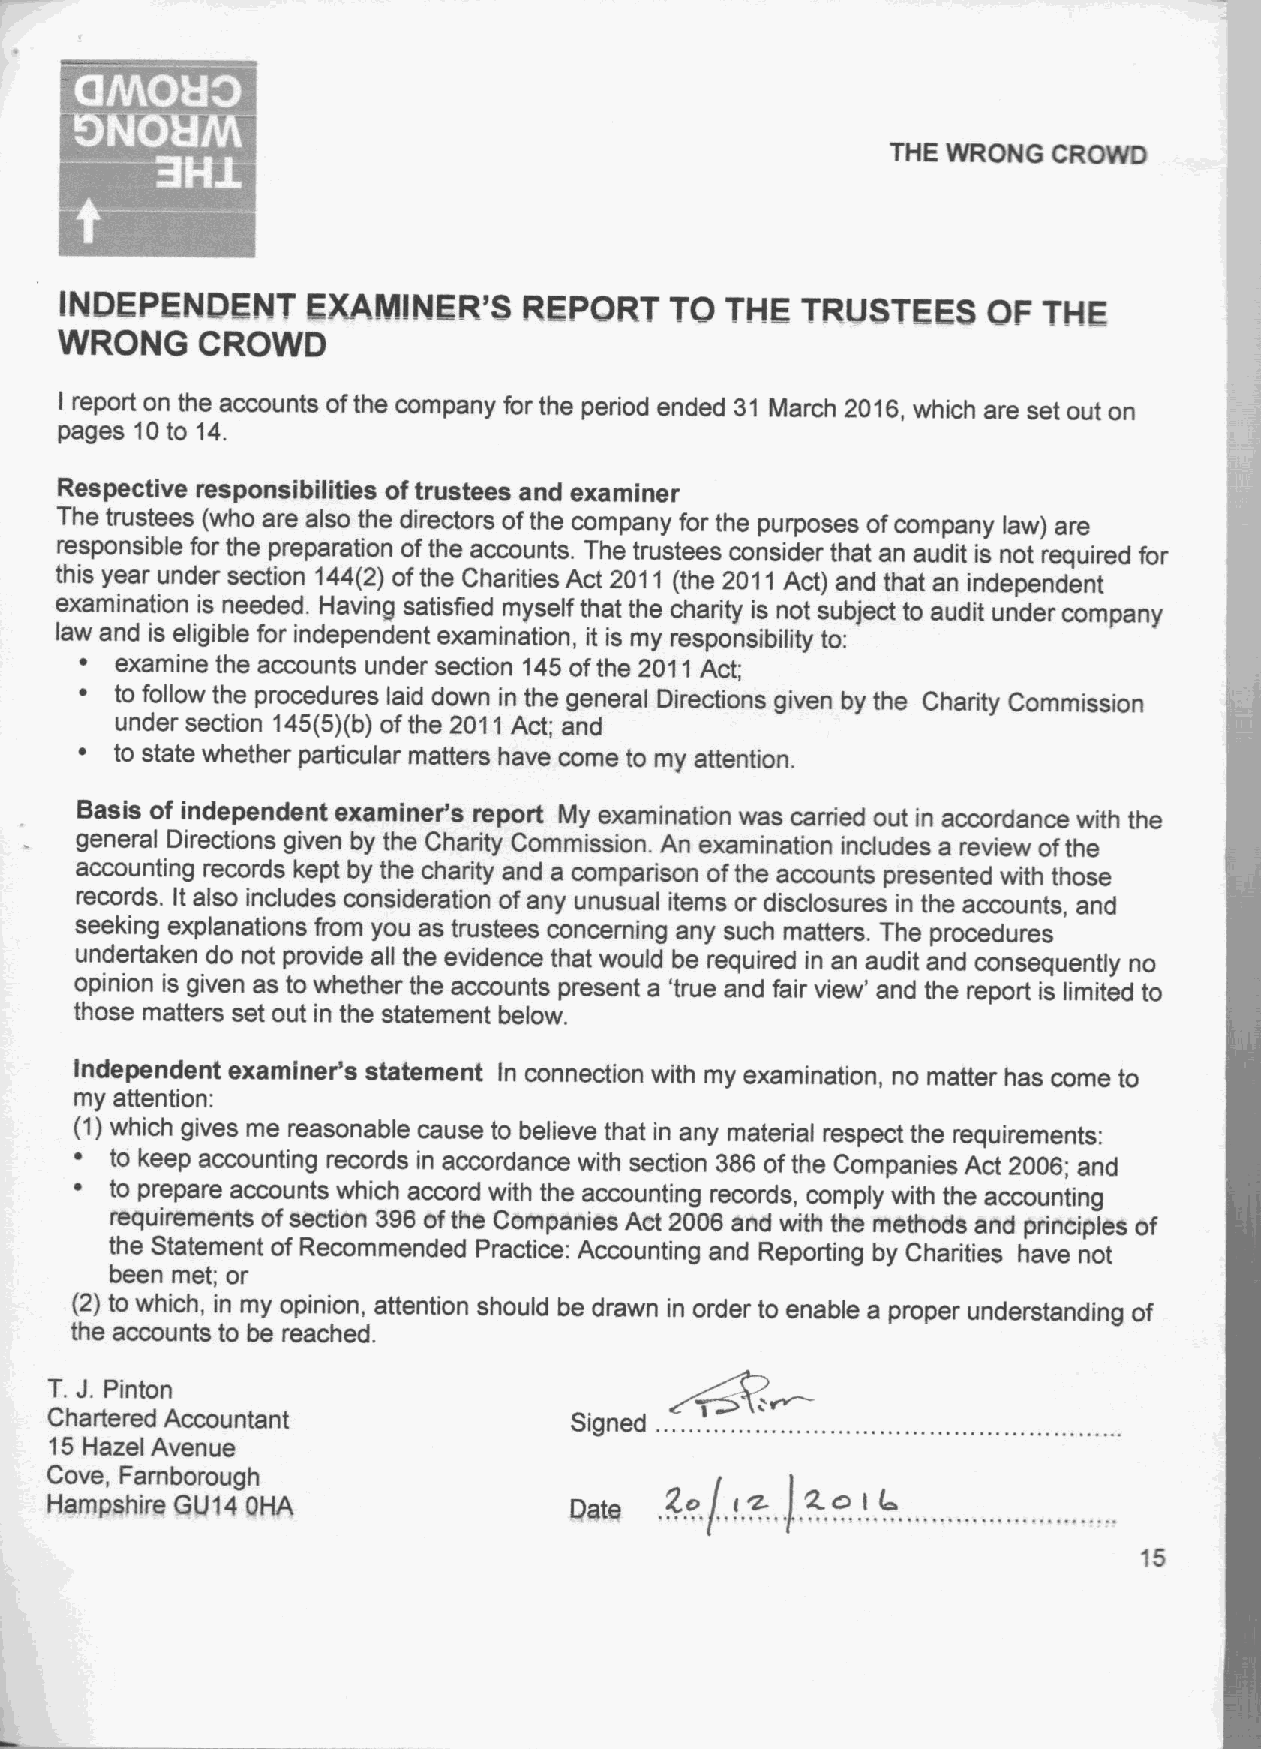
~    ~  s
 ~ e
 THE WRONG  CROWD
 INDEPENDENT     EXAIIIIINER'S  REPORT   TQ  THE  TRUSTEES    QF  THE
 WRONG    CROWD
 I report on the accounts ofthe company for the period ended 31 March 2016, which are set out on
 pages 10to 14.
 Respective responsibilities oftrustees and examiner
 The trustees (who are also the directors ofthe company for the purposes ofcompany law) are
 responsible for the preparation ofthe accounts. The trustees consider that an audit is not required for
 this year under section 144(2) ofthe Charities Act 2011 (the 2011Act) and that an independent
 examination is needed. Having satisfied myself that the charity is not subject to audit under company
 law and is eligible for independent examination, it is my responsibility to:
 ~  examine the accounts under section 145ofthe 2011 Act;
 ~  to follow the procedures laid down in the general Directions given by the Charity Commission
 under section 145(5)(b)ofthe 2011 Act; and
 ~  to state whether particular matters have come to my attention.
 Basis of independent examiner's report My examination was cerned out in accordance with the
 general Directions given by the Charity Commission. An examination indudes a review ofthe
 accounting records kept by the charity and a comparison ofthe accounts presented with those
 recerds. It also indudes consideration ofany unusual items or disclosures in the accounts, and
 seeking explanations from you as trustees concerning any such matters. The procedures
 undertaken do not provide all the evidence that would be required in an audit and consequently no
 opinion is given as to whether the accounts present a 'true and fair view' and the report is limited to
 those matters set out in the statement below.
 Independent examiner's statement In connection with my examination, no matter has come to
 my attention:
 (1)which gives me reasonable cause to believe that in any material respect the requirements:
 ~ to keep accounting records in accordance with section 386 ofthe Companies Act 2006; and
 ~ to prepare accounts which accord with the accounting records, comply with the accounting
 requirements ofsection 396ofthe Companies Act 2006 and with the methods and principles of
 the Statement ofRecommended Practice: Accounting and Reporting by Charities have not
 been met; or
 (2) to which, in my opinion, attention should be drawn in order to enable a proper understanding of
 the accounts to be reached.
 J.
 T.  Pinton
 Chartered Accountant               Signed
 15Hazel Avenue
 Cove, Famborough
 'zo
 gy   i%
 Hampshire GU14 OHA                 Date               I Ls
 15